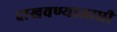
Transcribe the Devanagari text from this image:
दाखवण्याआधी